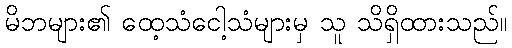
မိဘများ၏ ထေ့သံငေါ့သံများမှ သူ သိရှိထားသည်။